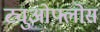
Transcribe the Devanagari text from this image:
ट्युओफ्लोस